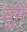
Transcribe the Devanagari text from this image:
युगें